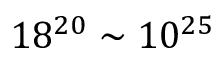
1 8 ^ { 2 0 } \sim 1 0 ^ { 2 5 }